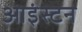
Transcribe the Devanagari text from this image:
आइंस्टन